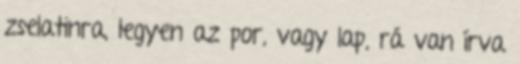
zselatinra, legyen az por, vagy lap, rá van írva